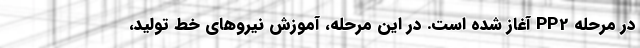
در مرحله PP2 آغاز شده است. در این مرحله، آموزش نیروهای خط تولید،